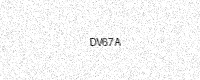
Text: DV67A